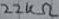
Text: 22KΩ